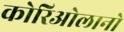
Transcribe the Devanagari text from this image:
कोरिओलानो